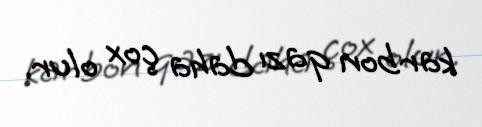
karbon qazı daha çox olur.